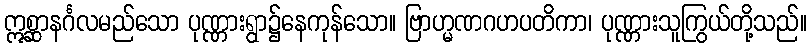
ဣစ္ဆာနင်္ဂလမည်သော ပုဏ္ဏားရွာ၌နေကုန်သော။ ဗြာဟ္မဏဂဟပတိကာ၊ ပုဏ္ဏားသူကြွယ်တို့သည်။